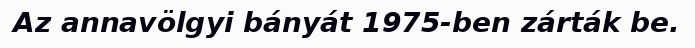
Az annavölgyi bányát 1975-ben zárták be.